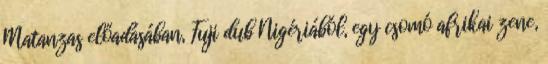
Matanzas előadásában, Fuji dub Nigériából, egy csomó afrikai zene,